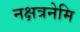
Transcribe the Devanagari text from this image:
नक्षत्रनेमि